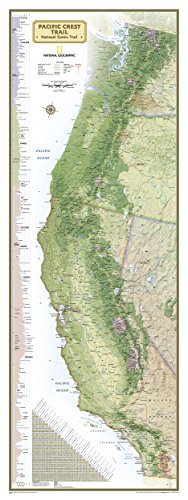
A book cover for Pacific Crest Trail Wall Map [Boxed] (National Geographic Reference Map); National Geographic Maps - Reference; Reference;